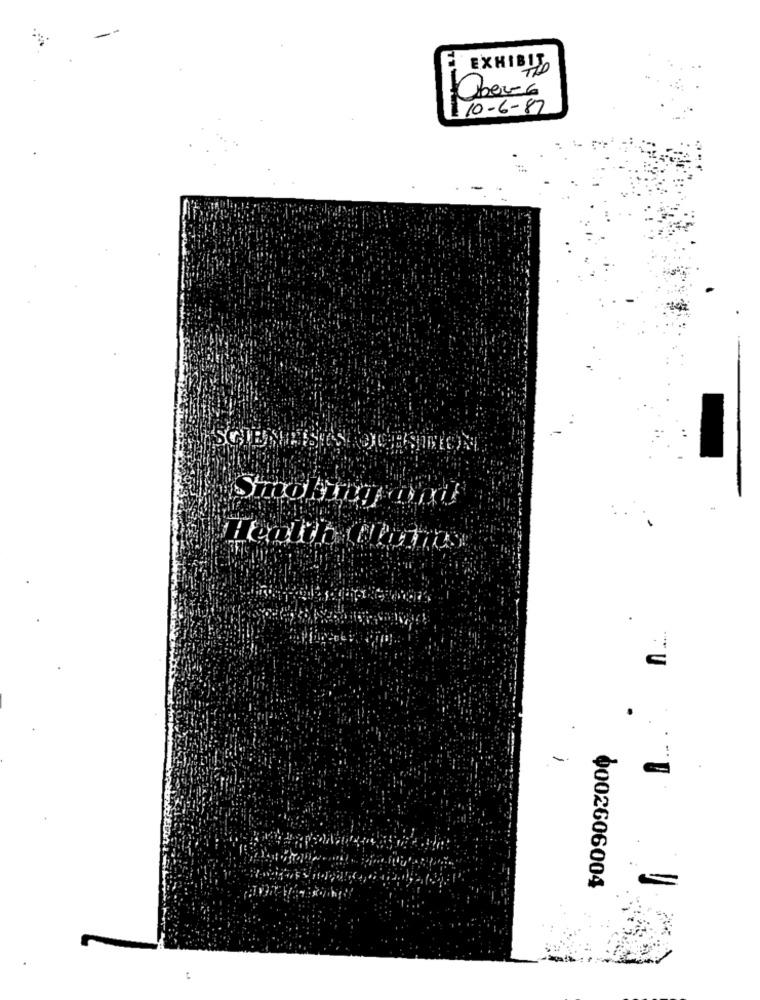
EXHIBIT
Ober-6
110-6-87
SCIENTISTS OCHSI
-
..
0002606004